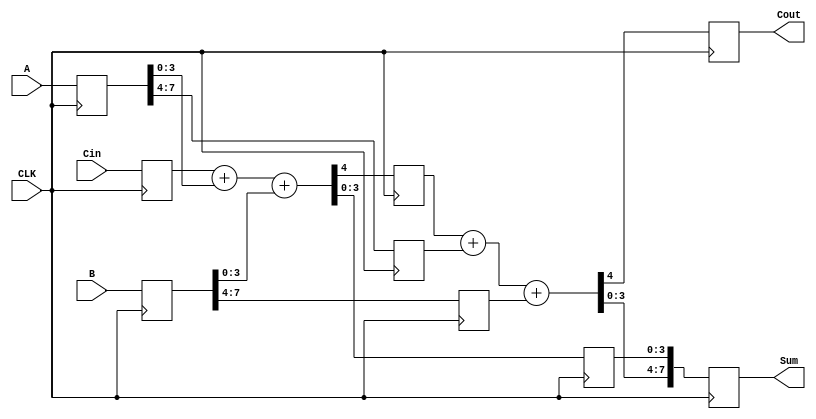
module Adder_Pipelined(
    input CLK, Cin,
    input [7:0] A, B,
    output reg Cout,
    output reg [7:0] Sum
);
    // Regestered inputs.
    reg Cin_reg;
    reg [7:0] A_reg, B_reg;

    // First Stage Outputs.
    reg Cout0;
    reg [3:0] Sum0, A_high, B_high;
    always @(posedge CLK) begin
        // First Stage.
        // Regestering the inputs.
        Cin_reg <= Cin;
        A_reg <= A;
        B_reg <= B;

        // Second Stage.
        // Performing Addition on the first 4 bits and Cin
        {Cout0, Sum0} <= Cin_reg + A_reg[3:0] + B_reg[3:0];
        // and registering the last 4 bits.
        A_high <= A_reg[7:4];
        B_high <= B_reg[7:4];

        // Last Stage.
        // Performing Addition on the last 4 bits and Cout of first 4 bits
        {Cout, Sum[7:4]} <= Cout0 + A_high + B_high;
        // and registering the sum of the first 4 bits.
        Sum[3:0] <= Sum0;
    end
endmodule